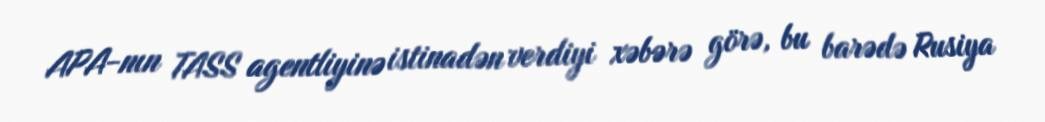
APA-nın TASS agentliyinə istinadən verdiyi xəbərə görə, bu barədə Rusiya